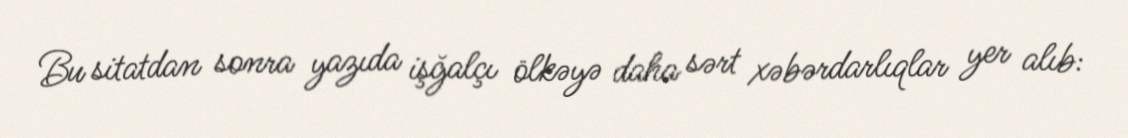
Bu sitatdan sonra yazıda işğalçı ölkəyə daha sərt xəbərdarlıqlar yer alıb: